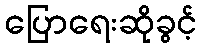
ပြောရေးဆိုခွင့်